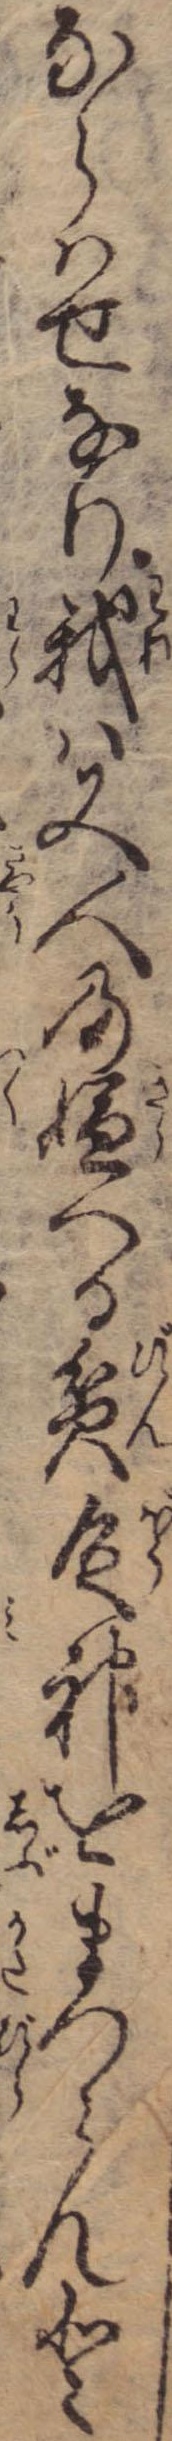
ならはせなり我は又人の嫌へる貧乏神をまつらんと